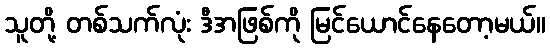
သူတို့ တစ်သက်လုံး ဒီအဖြစ်ကို မြင်ယောင်နေတော့မယ်။